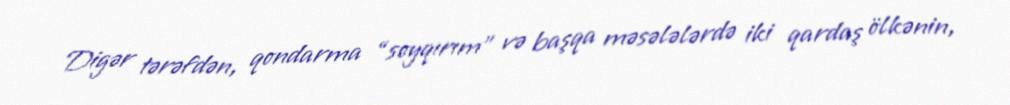
Digər tərəfdən, qondarma “soyqırım” və başqa məsələlərdə iki qardaş ölkənin,